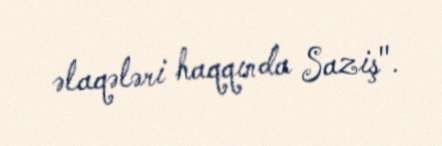
əlaqələri haqqında Saziş".